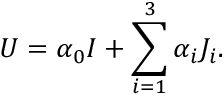
U = \alpha _ { 0 } I + \sum _ { i = 1 } ^ { 3 } \alpha _ { i } J _ { i } .